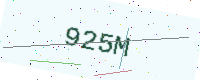
Text: 925M